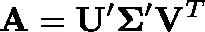
\mathbf { A } = \mathbf { U } ^ { \prime } \mathbf { \Sigma } ^ { \prime } \mathbf { V } ^ { T }